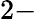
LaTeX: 2-